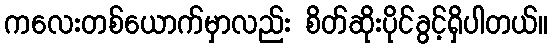
ကလေးတစ်ယောက်မှာလည်း စိတ်ဆိုးပိုင်ခွင့်ရှိပါတယ်။